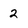
Character: 2